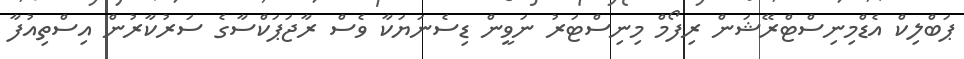
ޕަބްލިކް އެޑްމިނިސްޓްރޭޝަން ރިފޯމް މިނިސްޓަރު ނަވީން ޑިސެނަޔަކާ ވެސް ރާޖަޕަކްސާގެ ސަރުކާރުން އިސްތިއުފާ